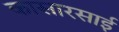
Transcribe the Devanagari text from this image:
कासारसाई